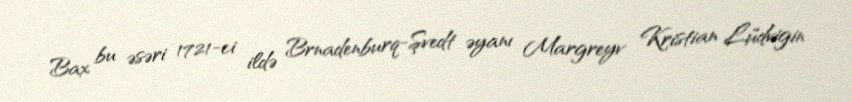
Bax bu əsəri 1721-ci ildə Brnadenburq-Şvedt əyanı Margreyv Kristian Lüdvigin